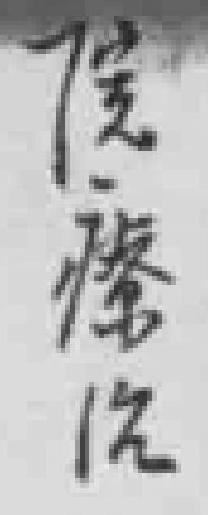
院療治